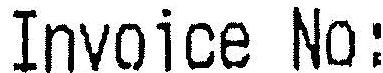
INVOICE NO: